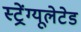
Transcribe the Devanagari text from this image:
स्ट्रेंग्यूलेटेड